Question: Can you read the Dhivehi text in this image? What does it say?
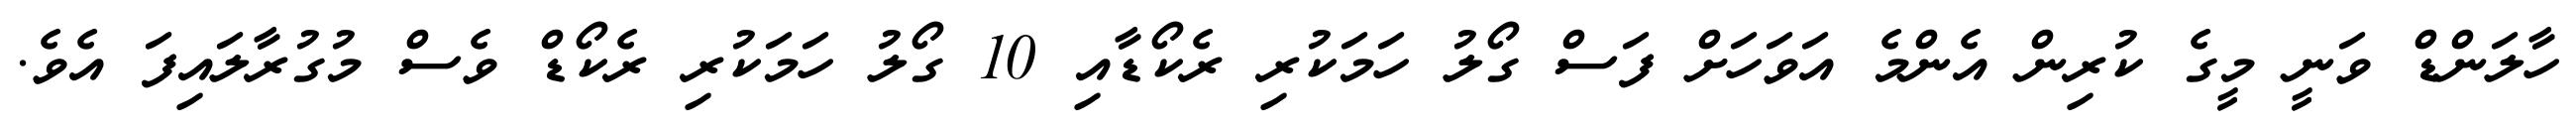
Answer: ހާލަންޑް ވަނީ މީގެ ކުރިން އެންމެ އަވަހަށް ފަސް ގޯލު ހަމަކުރި ރެކޯޑާއި 10 ގޯލު ހަމަކުރި ރެކޯޑް ވެސް މުގުރާލައިފަ އެވެ.